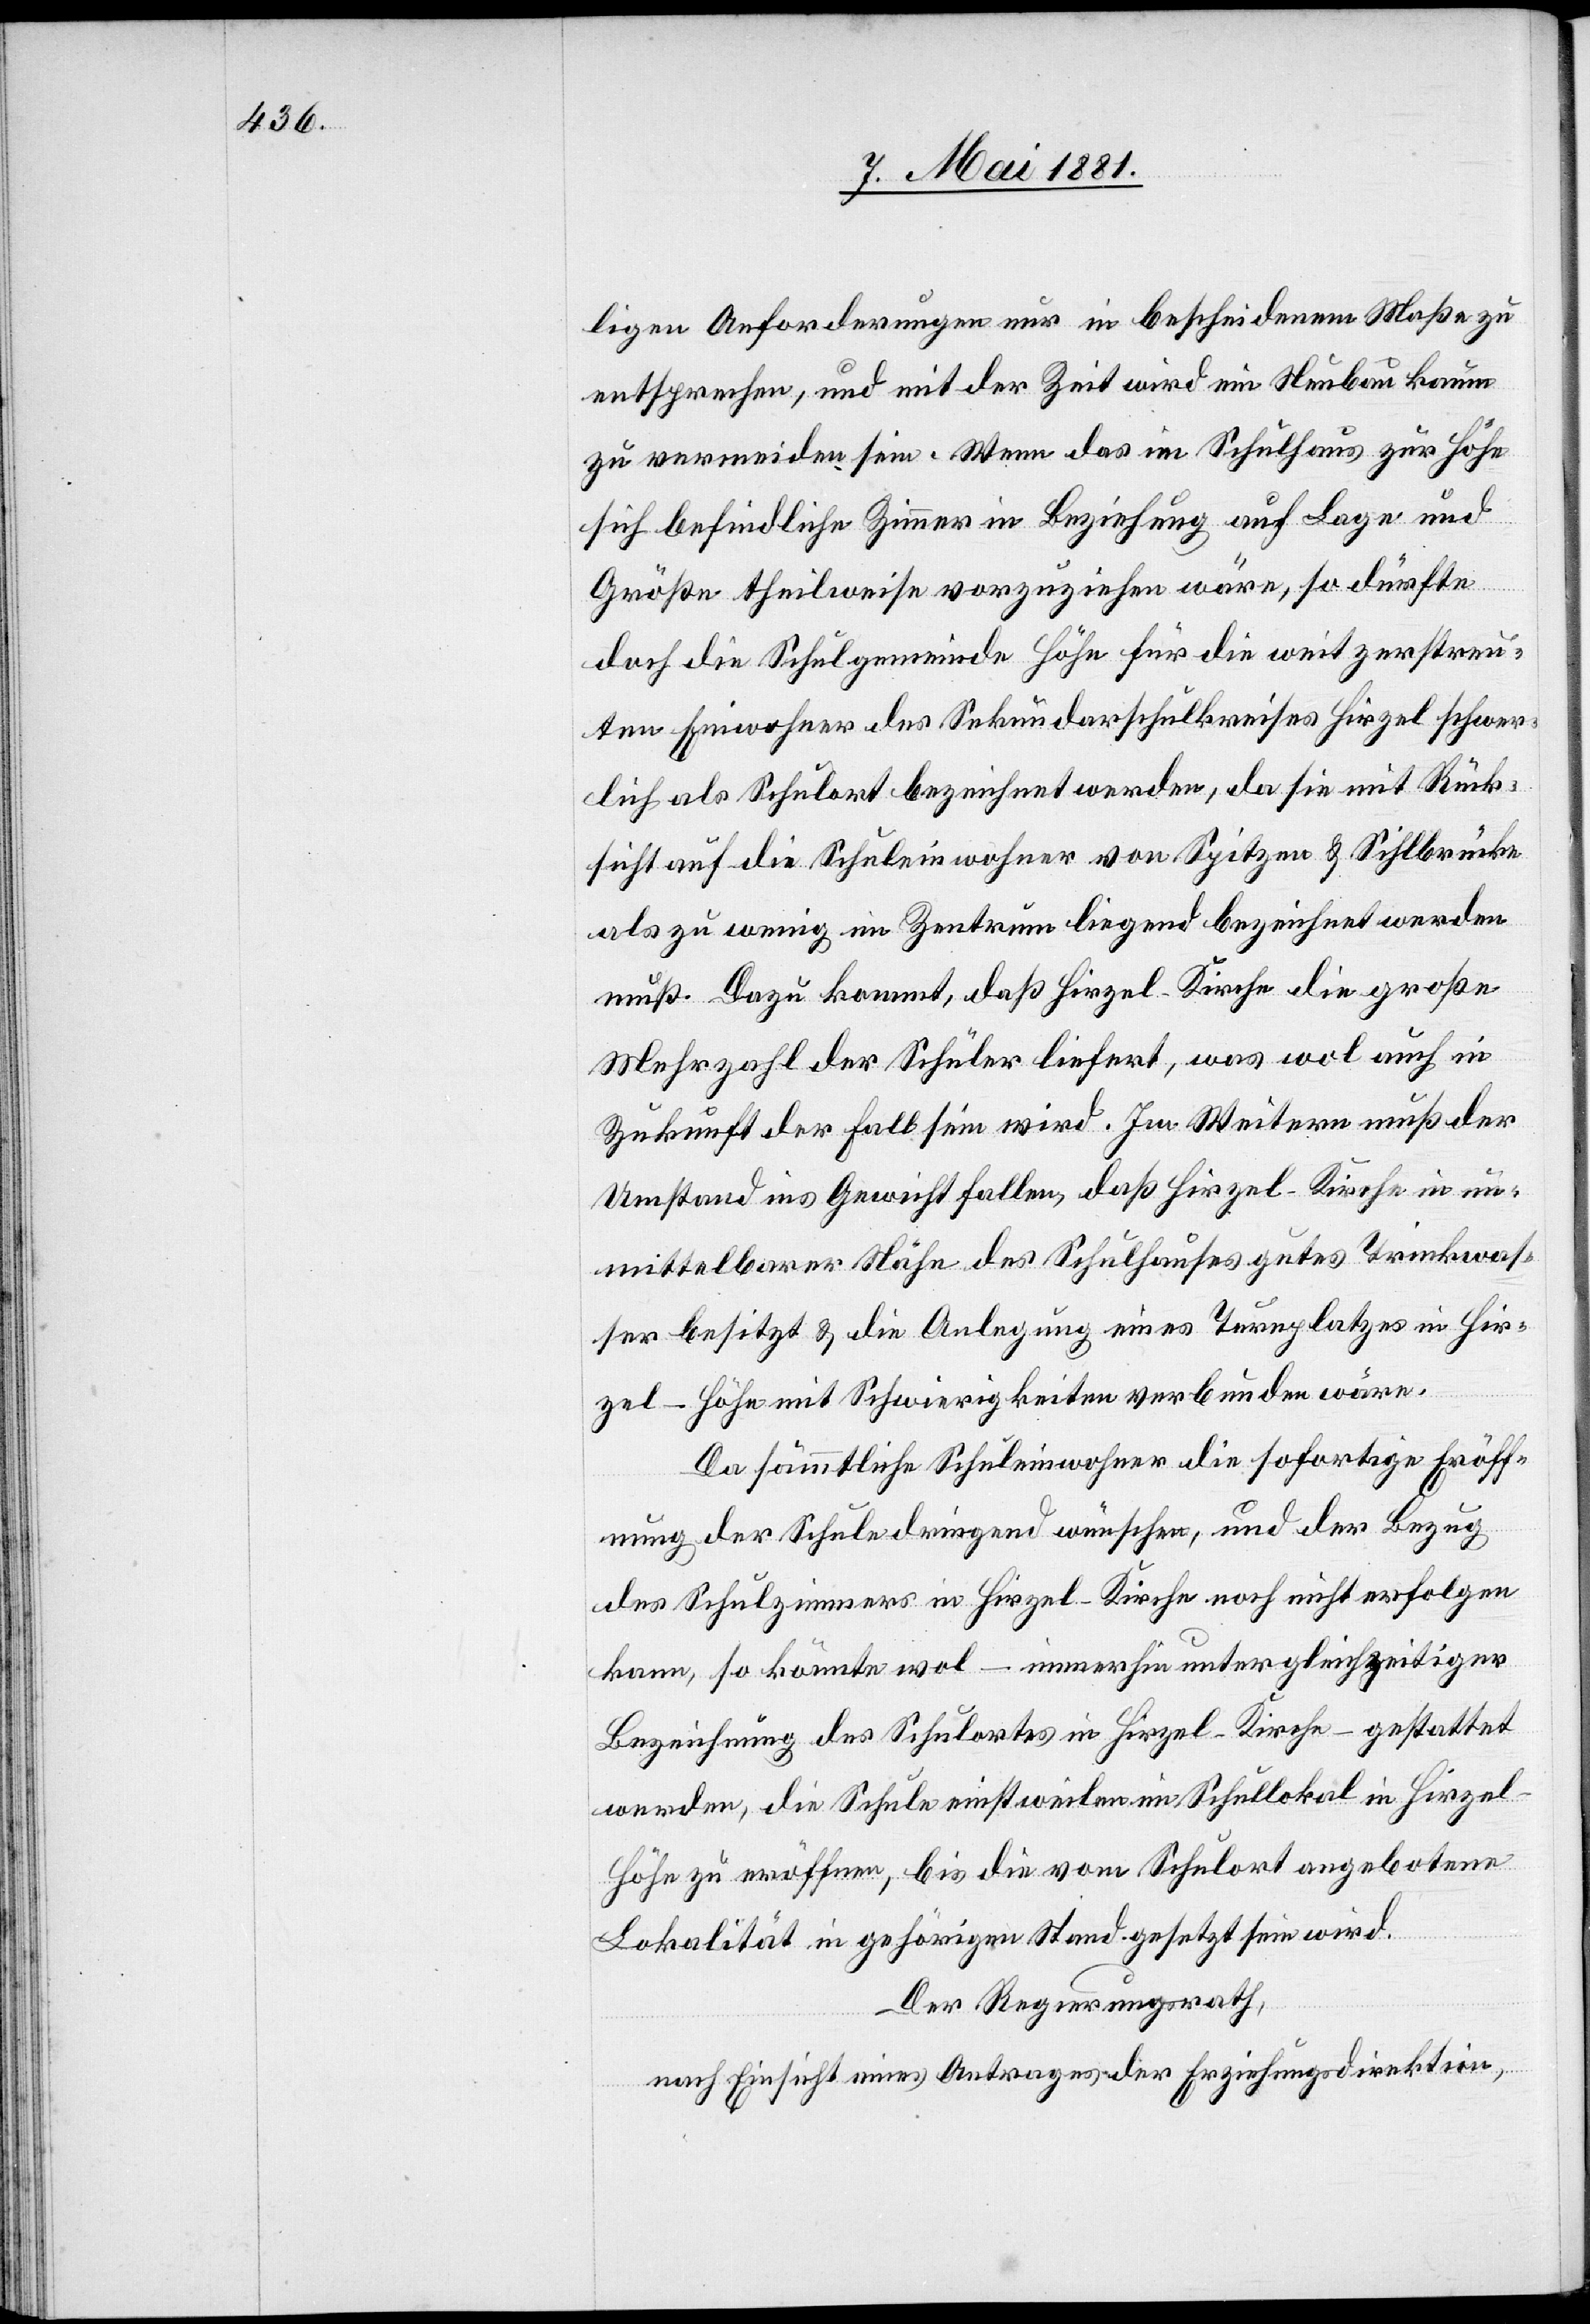
ligen Anforderungen nur in bescheidenem Maße zu
entsprechen, und mit der Zeit wird ein Neubau kaum
zu vermeiden sein. Wenn das im Schulhaus zur Höhe
sich befindliche Zimmer in Beziehung auf Lage und
Größe theilweise vorzuziehen wäre, so dürfte
doch die Schulgemeinde Höhe für die weit zerstreu¬
ten Einwohner des Sekundarschulkreises Hirzel schwer¬
lich als Schulort bezeichnet werden, da sie mit Rück¬
sicht auf die Schuleinwohner von Spitzen & Sihlbrücke
als zu wenig im Zentrum liegend bezeichnet werden
muß. Dazu kommt, daß Hirzel-Kirche die große
Mehrzahl der Schüler liefert, was wol auch in
Zukunft der Fall sein wird. Im Weitern muß der
Umstand ins Gewicht fallen, daß Hirzel-Kirche in un¬
mittelbarer Nähe des Schulhauses gutes Trinkwas¬
ser besitzt & die Anlegung eines Turnplatzes in Hir¬
zel-Höhe mit Schwierigkeiten verbunden wäre.
Da sämmtliche Schuleinwohner die sofortige Eröff¬
nung der Schule dringend wünschen, und der Bezug
des Schulzimmers in Hirzel-Kirche noch nicht erfolgen
kann, so könnte wol – immerhin unter gleichzeitiger
Bezeichnung des Schulortes in Hirzel-Kirche – gestattet
werden, die Schule einstweilen im Schullokal in Hirzel-H¬
öhe zu eröffnen, bis die vom Schulort angebotene
Lokalität in gehörigen Stand gesetzt sein wird.
Der Regierungsrath,
nach Einsicht eines Antrages der Erziehungsdirektion,